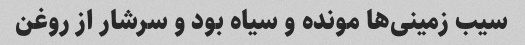
سیب زمینی‌ها مونده و سیاه بود و سرشار از روغن